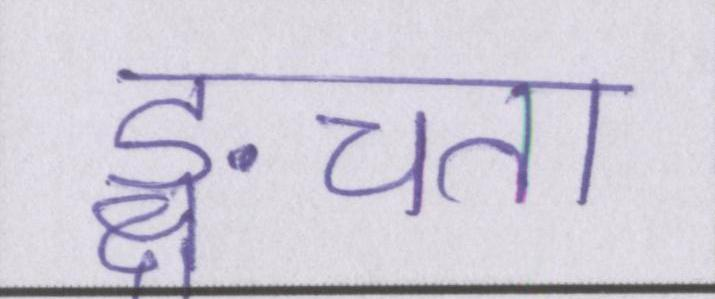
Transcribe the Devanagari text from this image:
ङ्क्षचता